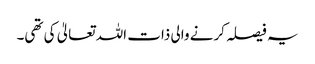
یہ فیصلہ کرنے والی ذات اللہ تعالیٰ کی تھی۔